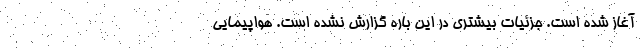
آغاز شده است. جزئیات بیشتری در این باره گزارش نشده است. هواپیمایی